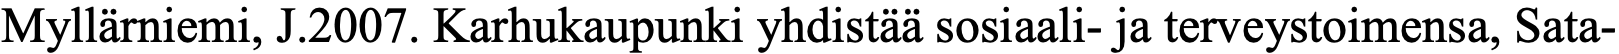
Myllärniemi, J.2007. Karhukaupunki yhdistää sosiaali- ja terveystoimensa, Sata-